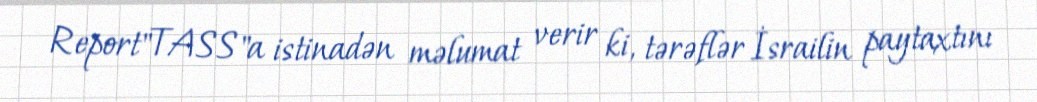
Report"TASS"a istinadən məlumat verir ki, tərəflər İsrailin paytaxtını